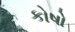
કોષો